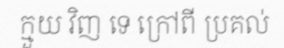
ក្មួយ វិញ ទេ ក្រៅពី ប្រគល់